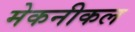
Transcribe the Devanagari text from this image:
मेकनीकल